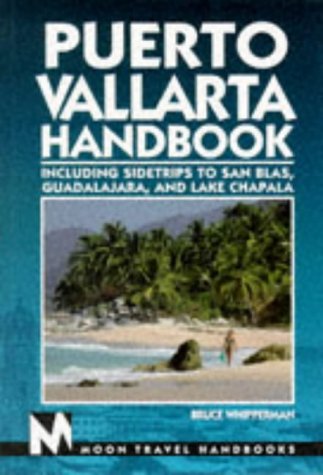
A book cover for Puerto Vallarta Handbook: Including Sidetrips to San Blas, Guadalajara, and Lake Chapala (2nd ed); Bruce Whipperman; Travel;